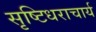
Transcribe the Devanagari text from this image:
सृष्टिधराचार्य